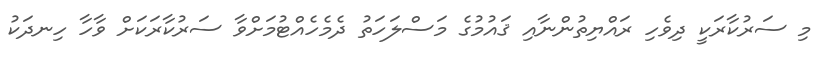
މި ސަރުކާރަކީ ދިވެހި ރައްޔިތުންނާއި ޤައުމުގެ މަސްލަހަތު ދެމެހެއްޓުމަށްވާ ސަރުކާރަކަށް ވާހާ ހިނދަކު